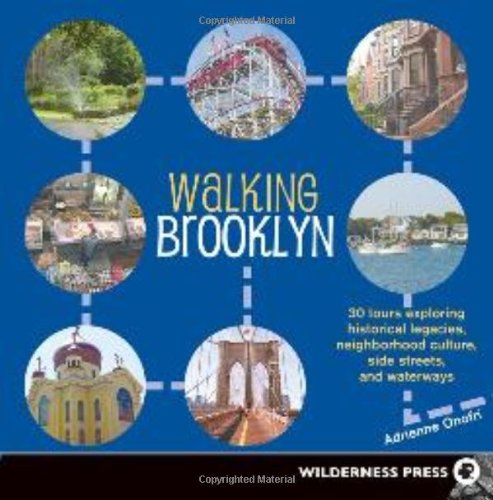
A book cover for Walking Brooklyn: 30 tours exploring historical legacies, neighborhood culture, side streets and waterways; Adrienne Onofri; Health, Fitness & Dieting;